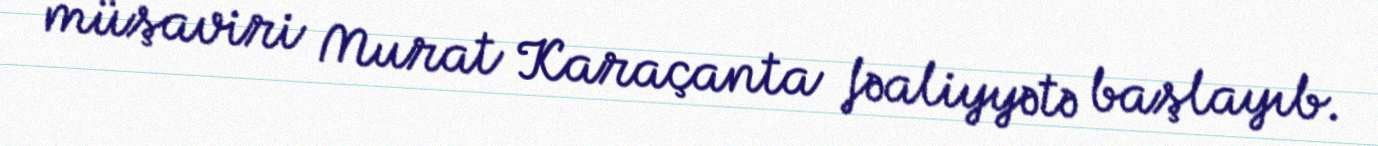
müşaviri Murat Karaçanta fəaliyyətə başlayıb.